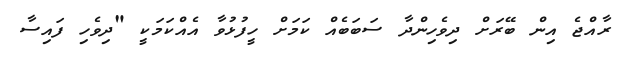
ރާއްޖެ އިން ބޭރަށް ދިވެހިންދާ ސަބަބެއް ކަމަށް ހީފުޅުވާ އެއްކަމަކީ "ދިވެހި ފައިސާ